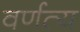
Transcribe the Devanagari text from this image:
वर्णत्य